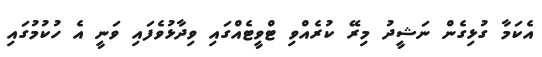
އެކަމާ ގުޅިގެން ނަޝީދު މިރޭ ކުރެއްވި ޓްވީޓެއްގައި ވިދާޅުވެފައި ވަނީ އެ ހުކުމުގައި